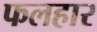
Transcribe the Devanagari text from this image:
फलहार